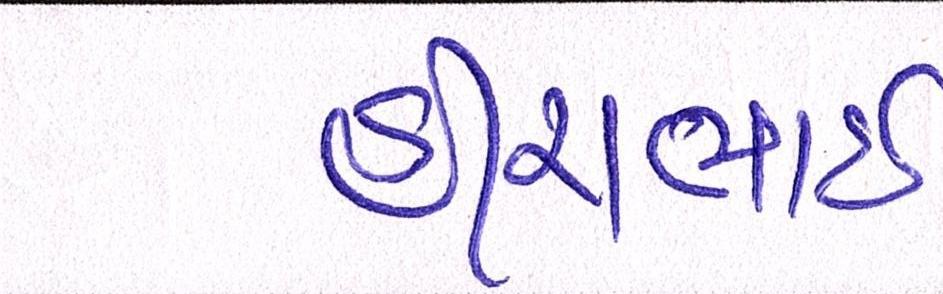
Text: હીરાભાઇ